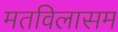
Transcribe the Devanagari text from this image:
मतविलासम